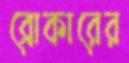
ব্রোকারের